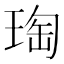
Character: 𭹟